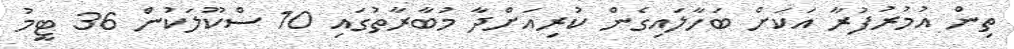
ތިން އުމުރުފުރާ އަކަށް ބަހާލައިގެން ކުރިއަށްދާ މުބާރާތުގައި 10 ސްކޫލަކުން 36 ޓީމު